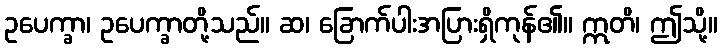
ဥပေက္ခာ၊ ဥပေက္ခာတို့သည်။ ဆ၊ ခြောက်ပါးအပြားရှိကုန်၏။ ဣတိ၊ ဤသို့။